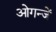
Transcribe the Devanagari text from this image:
ओगन्जें